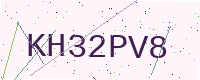
Text: KH32PV8